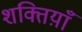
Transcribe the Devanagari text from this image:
शक्तिय़ाँ